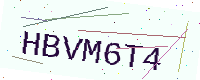
Text: HBVM6T4